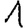
Digit: 1